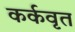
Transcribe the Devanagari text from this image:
कर्कवृत